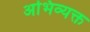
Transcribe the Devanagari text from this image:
अभिव्‍यक्त